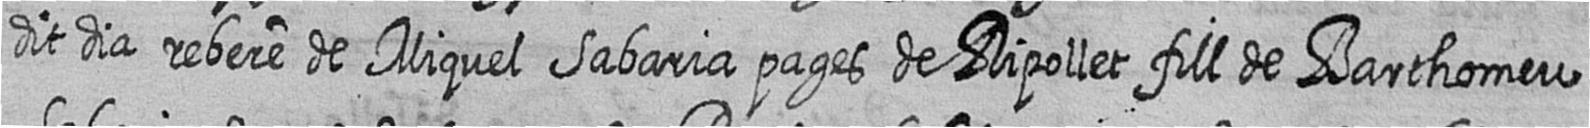
dit dia rebere de Miquel Sabaria pages de Ripollet fill de Barthomeu